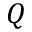
Q